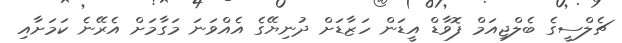
ޗެލްސީގެ ބެލްޖިއަމް ފޮވާޑް އީޑަން ހަޒާޑަށް ދުނިޔޭގެ އެއްވަނަ މަގާމަށް އެރޭނެ ކަމަށާއި